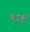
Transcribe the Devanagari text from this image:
थाड़ा